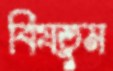
বিষতুম